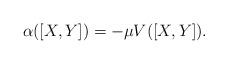
LaTeX: \begin{align*}\alpha([X,Y])=-\mu V([X,Y]).\end{align*}